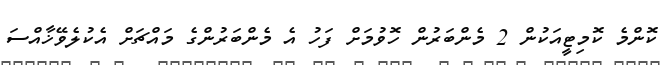
ކޮންމެ ކޮމިޓީއަކުން 2 މެންބަރުން ހޮވުމަށް ފަހު އެ މެންބަރުންގެ މައްޗަށް އެކުލެވޭޚާއްސަ